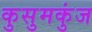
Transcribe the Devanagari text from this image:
कुसुमकुंज